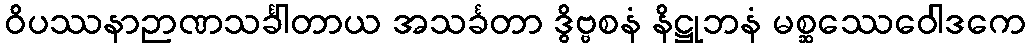
ဝိပဿနာဉာဏသင်္ခါတာယ အသင်္ခတာ ဒွိဗ္ဗစနံ နိဋ္ဌုဘနံ မစ္ဆဿေဝေါဒကေ